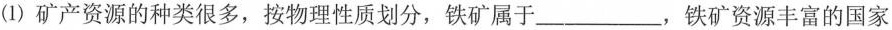
(1)矿产资源的种类很多，按物理性质划分，铁矿属于___，铁矿资源丰富的国家